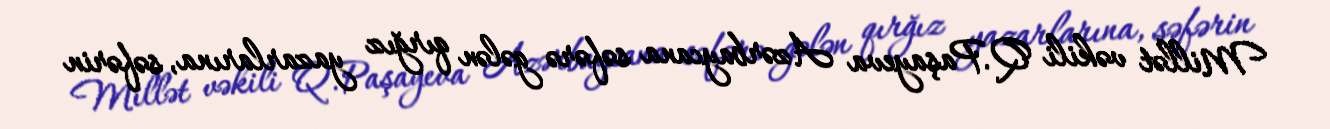
Millət vəkili Q.Paşayeva Azərbaycana səfərə gələn qırğız yazarlarına, səfərin